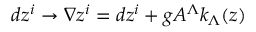
d z ^ { i } \rightarrow \nabla z ^ { i } = d z ^ { i } + g A ^ { \Lambda } k _ { \Lambda } ( z )